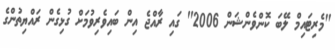
"މެރިޓައިމް ލޭބަ ކޮންވެންޝަން 2006" ގައި ރާއްޖެ އިން ބައިވެރިވުމަށް ގުޅިގެން ރައްޔިތުންގެ